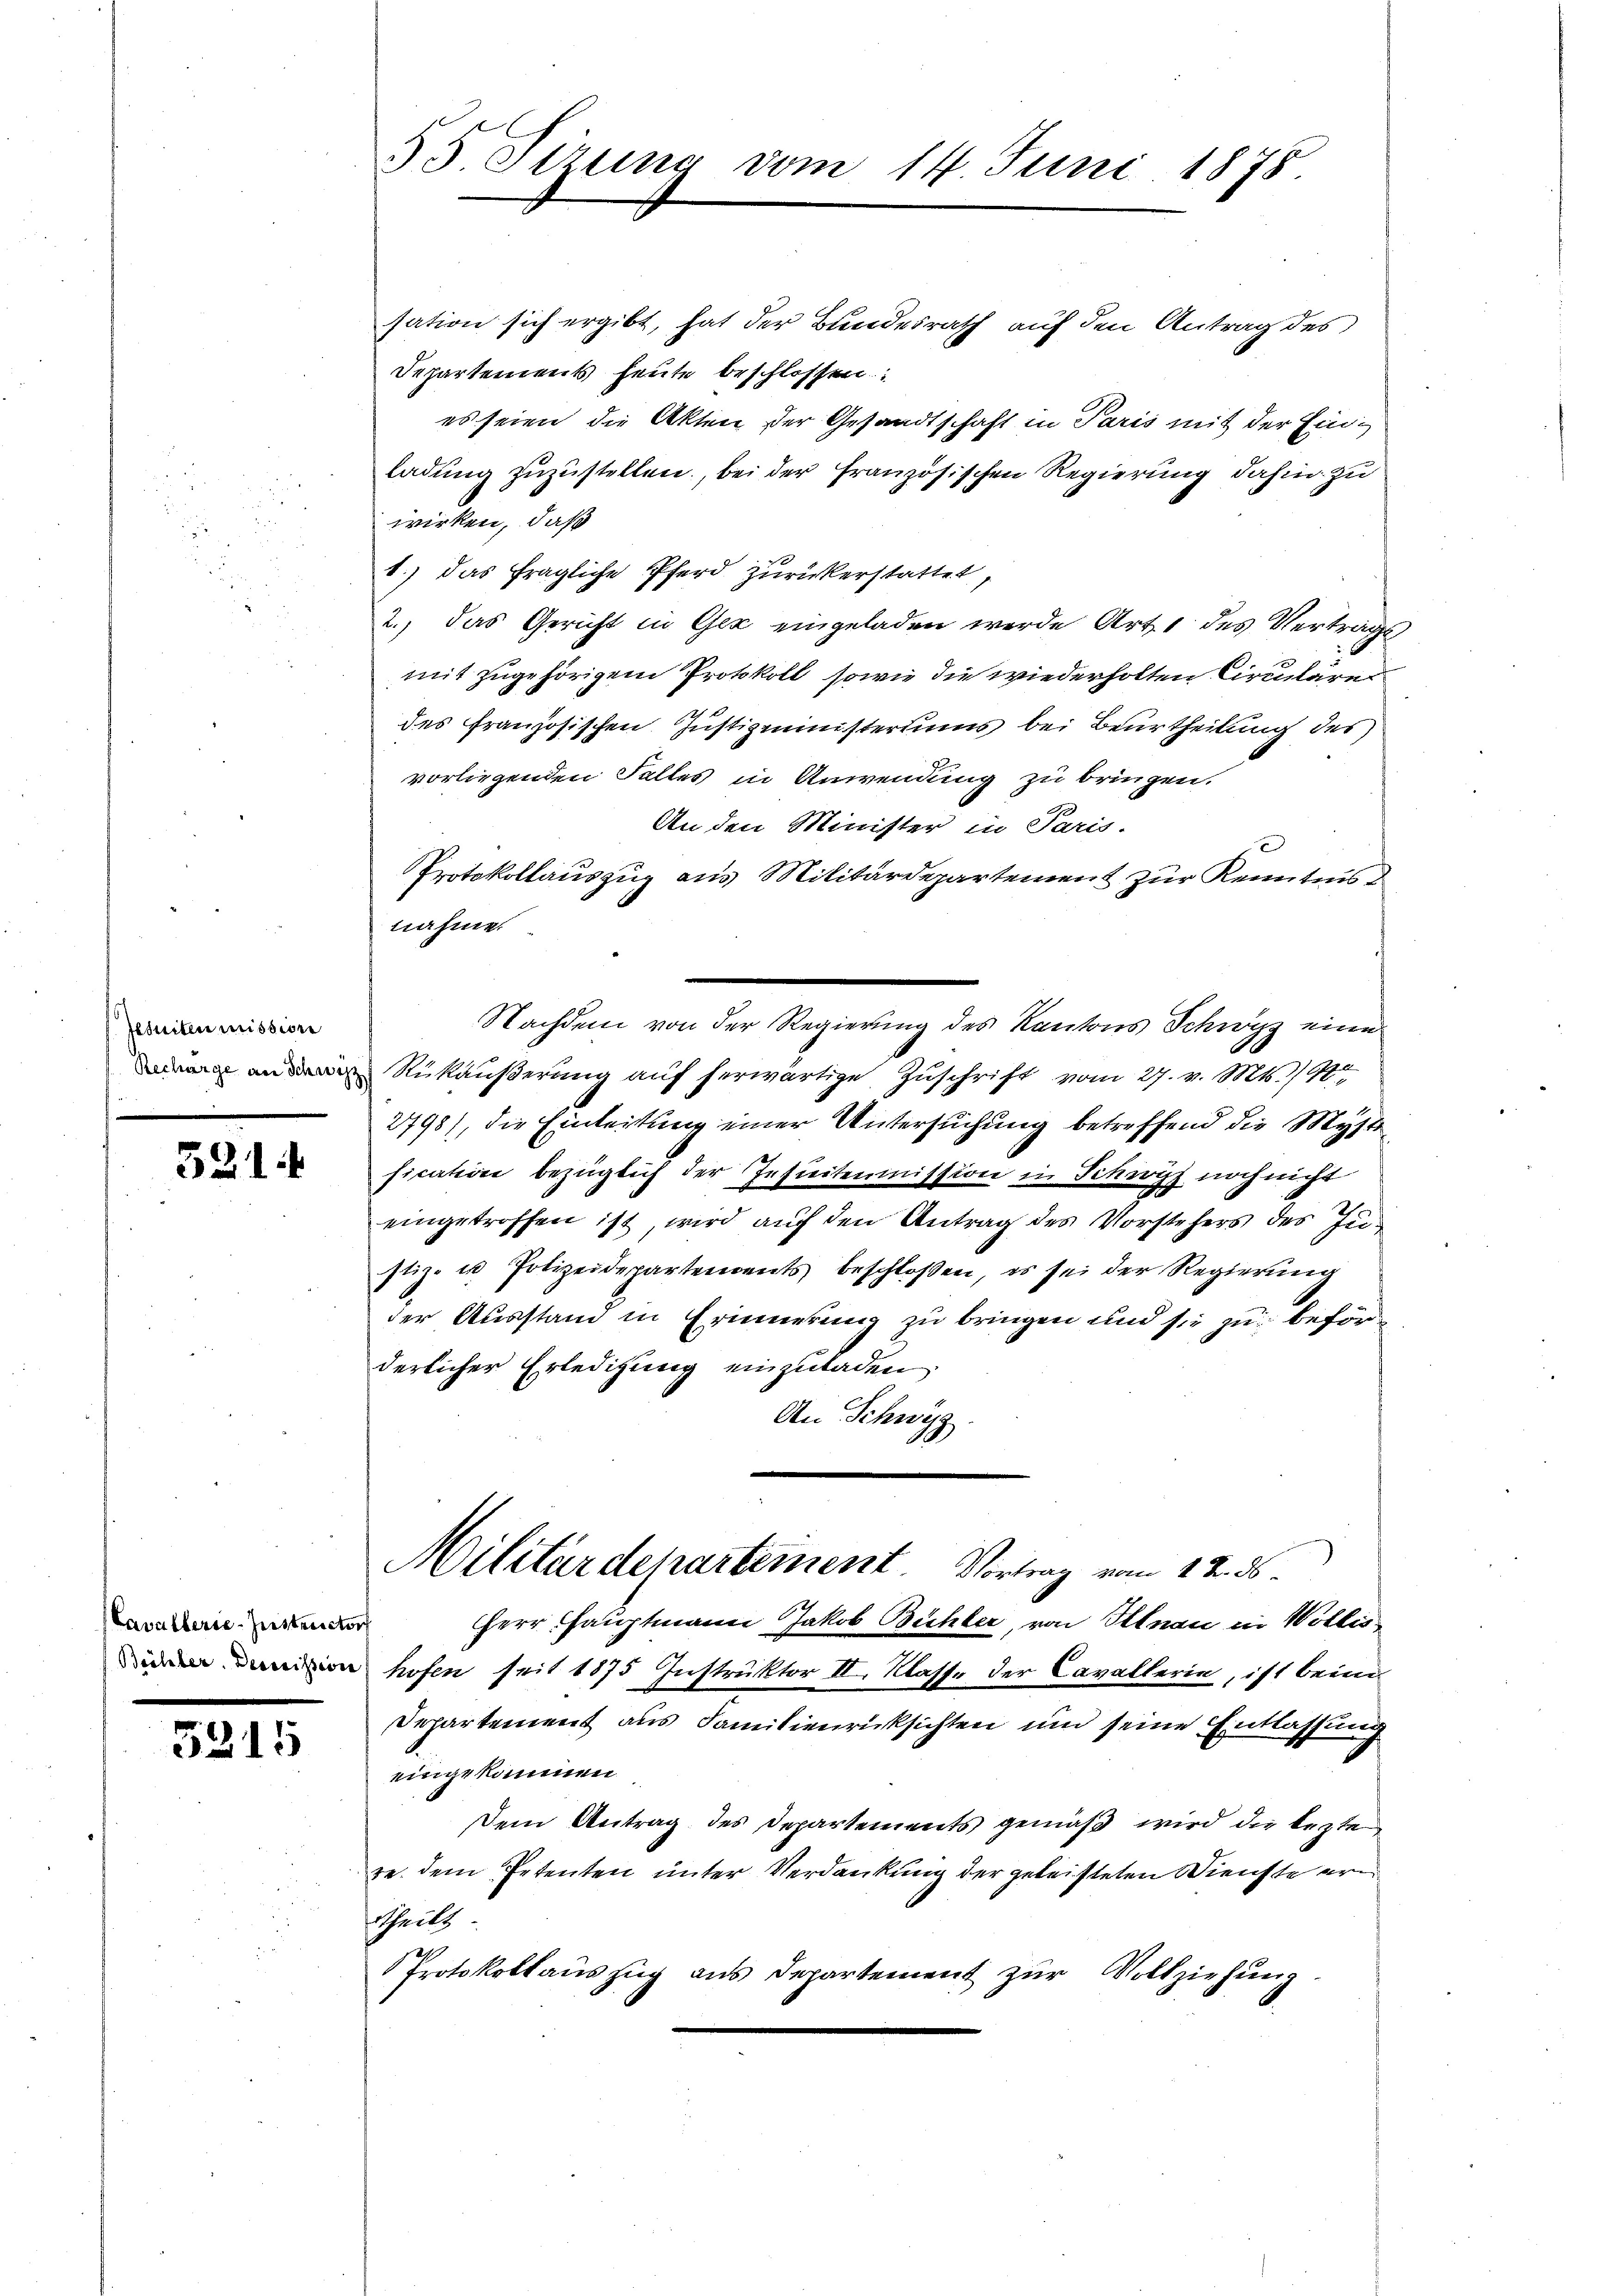
esuiten mission
Recharge an Schröt
e

321.

Cavallerie-Instruictor
Beilber. Decissione

5315

55 Sizung vom 14. Juni 1878.

sation sich ergibt, hat der Bundesrath auf den Antrag des
Departements heute beschlossen:
es seien die Akten der Gesandtschaft in Paris mit der Einladung zuzustellen, bei der französischen Regierung dahin zu
wirken, daß
1.) Das fragliche Pferd zurückerstattet,
2., das Gericht in Gez eingeladen werde Art. 1 des Vertrag
mit zugehörigen Protokoll, sowie die wiederholten Circulare
des Französischen Justizministeriums bei Beurtheilung des
vorliegenden Falles in Anwendung zu bringen.
An den Minister in Paris.
Protokollauszug aus Militärdepartement zur Kenntnis d
nahme.
Nachdem von der Regierung des Kantons Schwyz eine
Rükäußerung aŭf herwärtige Zuschrift vom 27. v. Mts. 120
2798), die Einleitung einer Untersuchung betreffend die Myste
fication bezüglich der Insieitenmission in Schwyz noch nicht
eingetroffen ist, wird auch den Antrag des Vorstehers des Justiz- u Polizeidepartements beschlossen, es sei der Regierung
der Ausstand in Erinnerung zu bringen und sie zu beförderlicher Erledigung einzuladen
An Schwyz.
Militärdepartement. Vortrag vom 12. ds.
Herr Hauptmann Jakob Bühler, von Illnau in Wollis
hofen seit 1875 Instruktor II. Klasse der Cavallerin, ist beim
Departement aus Familienrücksichten und seine Entlassung
eingekommen.
Dem Antrag des Departements gemäß wird die lezte
re. dem Petenten unter Verdankung der geleisteten Dienste ern
ttheilt
Protokollauszug aus Departement zur Vollziehung.